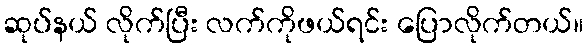
ဆုပ်နယ် လိုက်ပြီး လက်ကိုဖယ်ရင်း ပြောလိုက်တယ်။